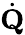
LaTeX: \dot{\mathbf{Q}}